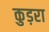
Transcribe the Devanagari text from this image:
कुड़रा